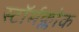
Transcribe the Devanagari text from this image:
स्टॉर्मक्लोक